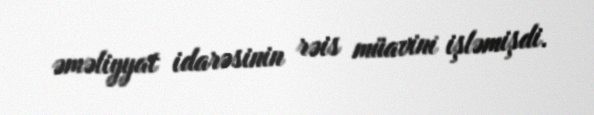
əməliyyat idarəsinin rəis müavini işləmişdi.